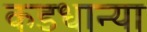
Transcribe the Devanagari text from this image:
कडधान्या